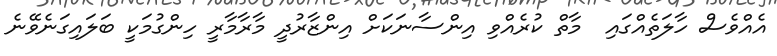
އެއްވެސް ހާލަތެއްގައި  މާތް ކުރެއްވި އިންސާނަކަށް އިންޒާރުދީ މާރާމާރީ ހިންގުމަކީ ބަލައިގަނެވޭނެ